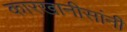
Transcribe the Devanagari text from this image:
कारखानीसांनी